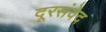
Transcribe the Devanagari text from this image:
दूरसंवेद